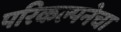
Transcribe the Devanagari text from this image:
परिकल्पनेचा